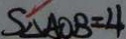
S _ { \Delta A O B } = 4